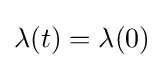
\lambda (t)=\lambda (0)